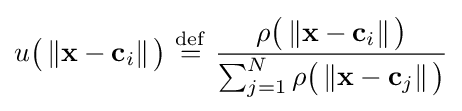
u{\big (}\left\Vert \mathbf {x} -\mathbf {c} _{i}\right\Vert {\big )}\ {\stackrel {\mathrm {def} }{=}}\ {\frac {\rho {\big (}\left\Vert \mathbf {x} -\mathbf {c} _{i}\right\Vert {\big )}}{\sum _{j=1}^{N}\rho {\big (}\left\Vert \mathbf {x} -\mathbf {c} _{j}\right\Vert {\big )}}}